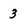
Character: 3